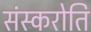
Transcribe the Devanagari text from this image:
संस्करोति